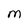
Character: M